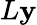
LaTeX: L\mathbf{y}